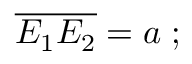
{ \overline { { E _ { 1 } E _ { 2 } } } } = a \; ; \;